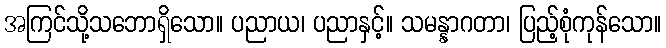
အကြင်သို့သဘောရှိသော။ ပညာယ၊ ပညာနှင့်။ သမန္နာဂတာ၊ ပြည့်စုံကုန်သော။